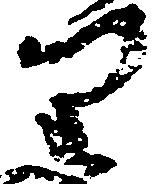
り